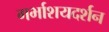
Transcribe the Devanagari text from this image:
गर्भाशयदर्शन